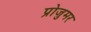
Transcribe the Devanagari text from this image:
प्रोजुमर